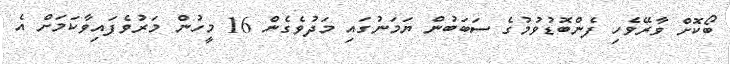
ބޯކޮށް ވާރޭވެހި ފެންބޮޑުވުމުގެ ސަބަބުން ޔަމަނުގައި މަދުވެގެން 16 މީހުން މަރުވެފައިވާކަމަށް އެ